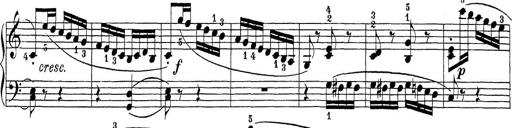
Title: Sonatina Album
Composer: Louis KÃ¶hler